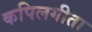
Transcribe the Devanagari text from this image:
कपिलगीता